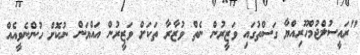
"ރައީސުލްޖުމްހޫރިއްޔާ ގަސްތުގައި ވަޒީރުން ނެތް ވުޒާރާ ތަކަށް ވަޒީރުން އައްޔަން ނުކޮށް ހުންނެވީއެއް